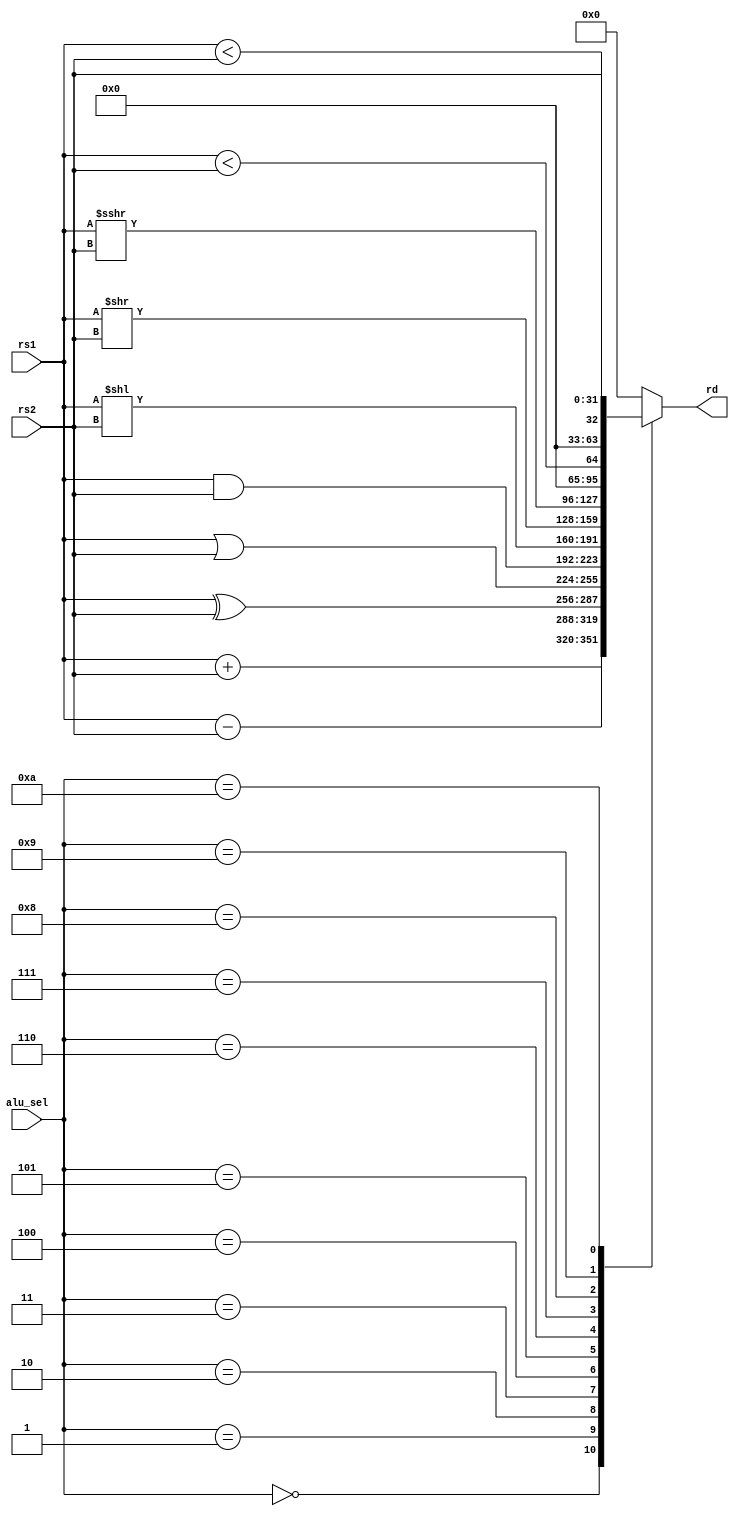

/* ALU Arithmetic and Logic Operations
----------------------------------------------------------------------
|ALU_Sel |   ALU Operation
----------------------------------------------------------------------
| 0  |   ALU_Out = A + B;
----------------------------------------------------------------------
| 1  |   ALU_Out = A - B;
----------------------------------------------------------------------
| 2  |   ALU_Out = A ^ B;
----------------------------------------------------------------------
| 3  |   ALU_Out = A | B;
----------------------------------------------------------------------
| 4  |   ALU_Out = A & B;
----------------------------------------------------------------------
| 5  |   ALU_Out = A << B;
----------------------------------------------------------------------
| 6  |   ALU_Out = A >> B;
----------------------------------------------------------------------
| 7  |   ALU_Out = A >>> B;
----------------------------------------------------------------------
| 8  |   ALU_Out = A < B; //slt
----------------------------------------------------------------------
| 9  |   ALU_Out = unsigned A < unsigned B; //sltu
----------------------------------------------------------------------
| 10  |   ALU_Out = rs2 << 12; //lui
----------------------------------------------------------------------
| 11  |   ALU_Out = pc + (rs2 << 12); //auipc
----------------------------------------------------------------------*/
//

module alu #(parameter width = 32)(
    input wire signed [width-1:0]rs1,
    input wire signed [width-1:0]rs2,
	input wire [3:0]alu_sel,

    output reg [width-1:0]rd

);

always@(*)
	begin
		case(alu_sel)
			4'd0: rd = rs1 + rs2;  //add
			4'd1: rd = rs1 - rs2;  //sub
			4'd2: rd = rs1 ^ rs2;   //xor
			4'd3: rd = rs1 | rs2;   //or
			4'd4: rd = rs1 & rs2;   //and
			4'd5: rd = rs1 << rs2;  //sll
			4'd6: rd = rs1 >> rs2;  //srl
			4'd7: rd = rs1 >>> rs2; //sra
			4'd8: rd = rs1<rs2;     //slt
			4'd9: rd = ($unsigned (rs1)<$unsigned (rs2)); //sltu
			4'd10: rd = rs2;//{rs2[19:0],{12{1'b0}}};   		  //lui
			//4'd11: rd = rs1 + {rs2[19:0],{12{1'b0}}};     //auipc

		default: rd=32'd0;
		endcase
	end

endmodule